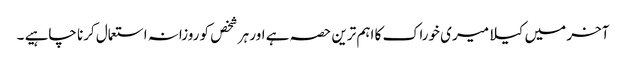
آخر میں کیلا میری خوراک کا اہم ترین حصہ ہے اور ہر شخص کو روزانہ استعمال کرنا چاہیے ۔